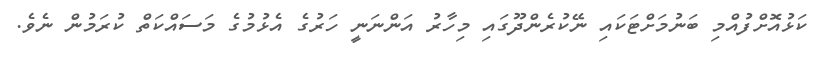
ކަޅުއޮށްފުއްމި ބަނުމަށްޓަކައި ނޭކުރެންދޫގައި މިހާރު އަންނަނީ ހަރުގެ އެޅުމުގެ މަސައްކަތް ކުރަމުން ނެވެ.